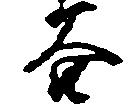
谷